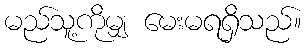
မည်သူ့ကိုမျှ မေးမရရှိသည်။